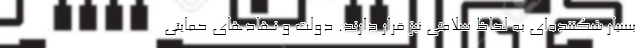
بسیار شکننده‌ای به لحاظ سلامتی نیز قرار دارند. دولت و نهادهای حمایتی